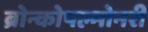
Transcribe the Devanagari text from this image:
ब्रोन्कोपल्मोनरी